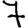
Digit: 7